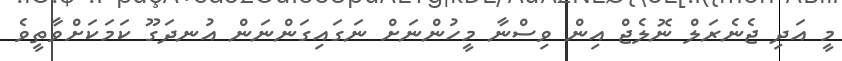
މީ އަދި ޖެނެރަލް ނޮލެޖް އިން ވިސްނާ މީހުންނަށް ނަގައިގަންނަން އުނދަގޫ ކަމަކަށްވާތީވެ